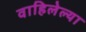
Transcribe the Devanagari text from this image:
वाहिलेल्‍या